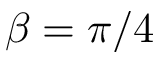
\beta = \pi / 4